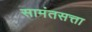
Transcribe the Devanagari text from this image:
सामंतसत्ता